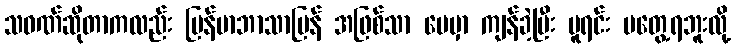
သဝဏ်ဆိုတာကလည်း မြန်မာဘာသာပြန် အဖြစ်သာ ပေမှာ ကျန်ခဲ့ပြီး မူရင်း မတွေ့ရဘူးလို့